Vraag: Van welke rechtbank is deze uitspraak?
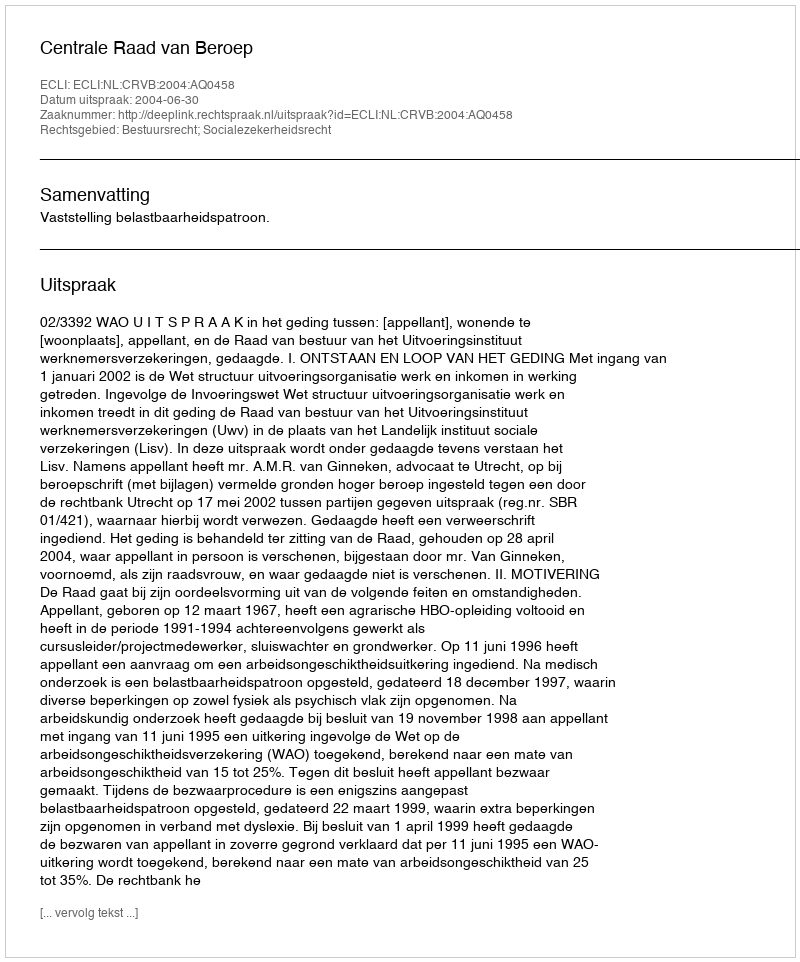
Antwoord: Centrale Raad van Beroep